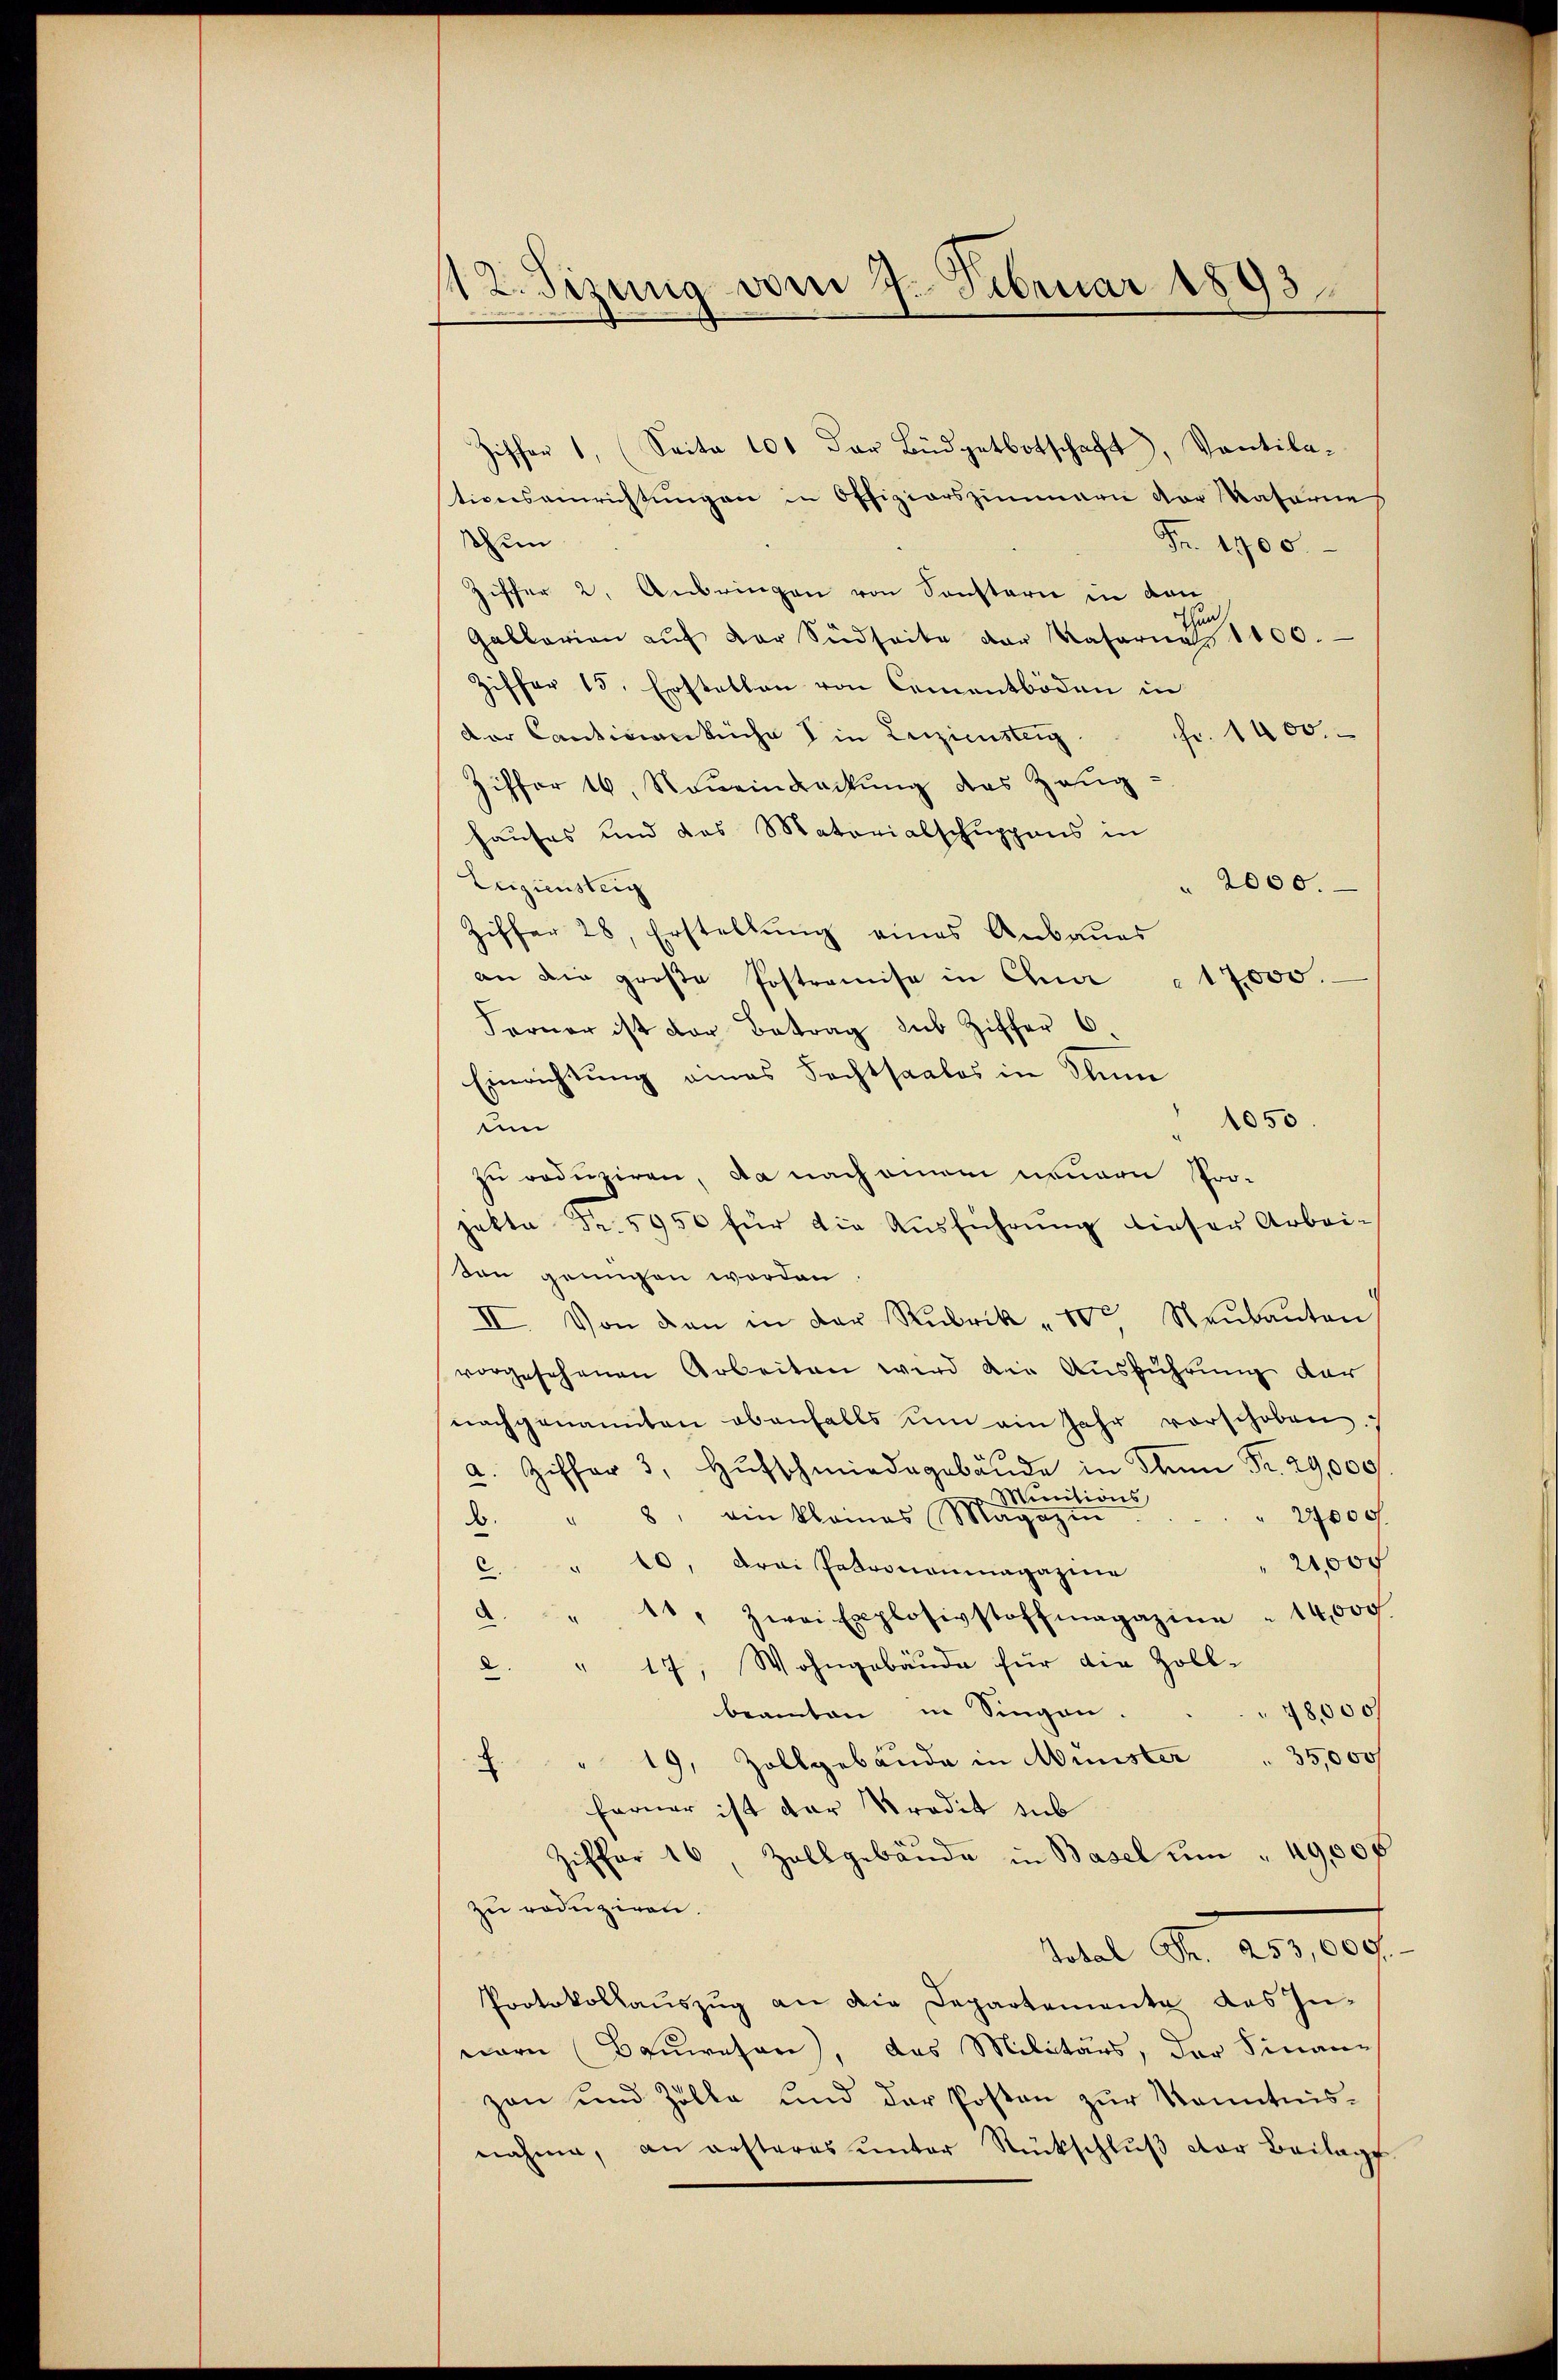
112. Sizung vom 7. Februar 1893

Ziffer 1 (Seite 101 der Büdgetbotschaft, Vantila-
tionseinrichtungen in Offiziarszimmern der Vaterie
thun
Fr. 1700.
Ziffer 2. Anbringen von Sonsterie in den
u
Gallerien aŭf der Südseite der Kaserne 1400.
Ziffer 15. Erstellen von Cementböden in
Fr. 1400.
Der Cantinaküche in Zuziensteig
Ziffer 16. Noŭeindeckŭng des Zeŭg:
hauses und das Materialschuppens in
Zuziensteig
 2000.
Ziffer 28, Erstellŭng eines Anbaŭes
an die große Postramise in Chi " 17000.
Ferner ist der Betrag sub Ziffer 6
Einrichtung eines Fechtsaales in Alum
1050
um
zu reduziren, da nach einem neuern Projekte Fr. 5950 für die Ausführung dieser Arbei-
don genügen worden
II. Von den in der Rubrik „ 102 Neŭbaŭten
vorgesehenen Arbeiten wird die Ausführung der
nachgenannten ebenfalls ŭm ein Jahr vorschoben.
as
a. Ziffer 3. Hŭfschmiedgebende in dann Fr. 29,000
u Minitions,
27000
" 8. ein kleines Magazin
d.
21,000
C. " 10, drei Patronenmagazine
d. " 10, zwei Explosivstoffmagazine " 14,000.
.
2. " 17, Wohngebäŭde für die Zoll-
beamten in Singen.
18000
f" 19, Zollgebäude in Münster  "  35,000 f
ferner ist der Kredit sub
Ziffer 16, Zollgebäŭde in Basel ŭm " 49,000
zu reduziren.
Total Fr. 253,000.
Protokollauszug an die Departemente das Innern (Bauwesen), das Militärs, der Finanz
zan und Zölle und der Posten zŭr Kenntnis-
nahme, an ersteres unter Rückschluß der Beilags